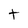
Character: t